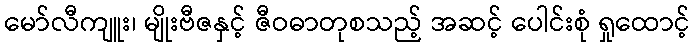
မော်လီကျူး၊ မျိုးဗီဇနှင့် ဇီဝဓာတုစသည့် အဆင့် ပေါင်းစုံ ရှုထောင့်